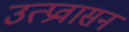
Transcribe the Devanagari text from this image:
उत्प्रवासन